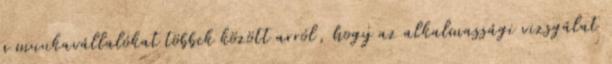
a munkavállalókat többek között arról, hogy az alkalmassági vizsgálat